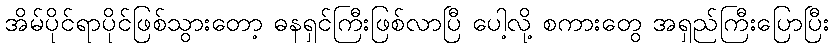
အိမ်ပိုင်ရာပိုင်ဖြစ်သွားတော့ ဓနရှင်ကြီးဖြစ်လာပြီ ပေါ့လို့ စကားတွေ အရှည်ကြီးပြောပြီး